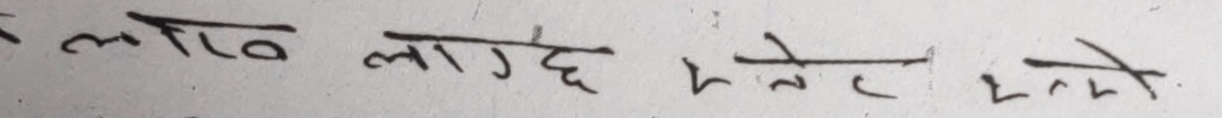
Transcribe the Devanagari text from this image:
लाट लाग्छ भनेर भने